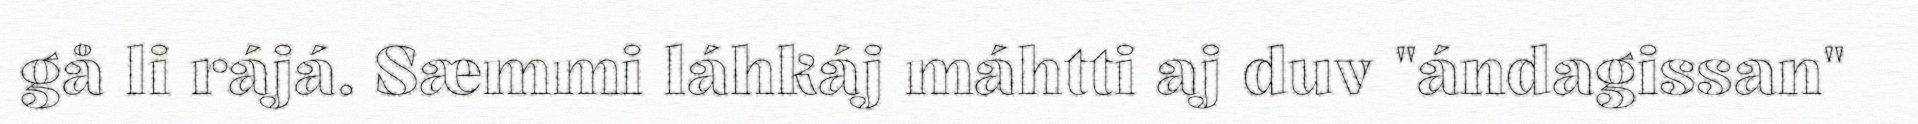
gå li rájá. Sæmmi láhkáj máhtti aj duv "ándagissan"